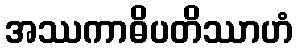
အဿကာဓိပတိဿာဟံ